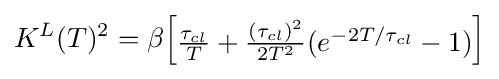
K^{L}(T)^{2}=\beta {\begin{bmatrix}{\frac {\tau _{cl}}{T}}+{\frac {(\tau _{cl})^{2}}{2T^{2}}}(e^{-2T/\tau _{cl}}-1)\end{bmatrix}}